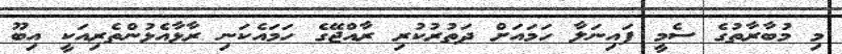
މި މުބާރާތުގެ ސެމީ ފައިނަލާ ހަމައަށް ދަތުރުކުރި ރާއްޖޭގެ ހަމައެކަނި ރާޅާއެޅުންތެރިއަކީ އިބޫ